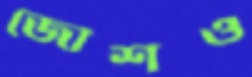
জোশও